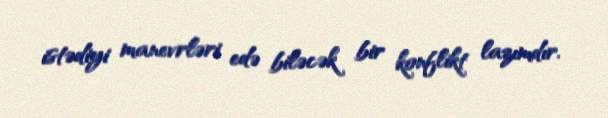
istədiyi manevrləri edə biləcək bir konflikt lazımdır.